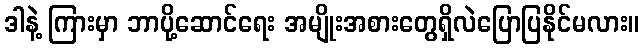
ဒါနဲ့ ကြားမှာ ဘာပို့ဆောင်ရေး အမျိုးအစားတွေရှိလဲပြောပြနိုင်မလား။